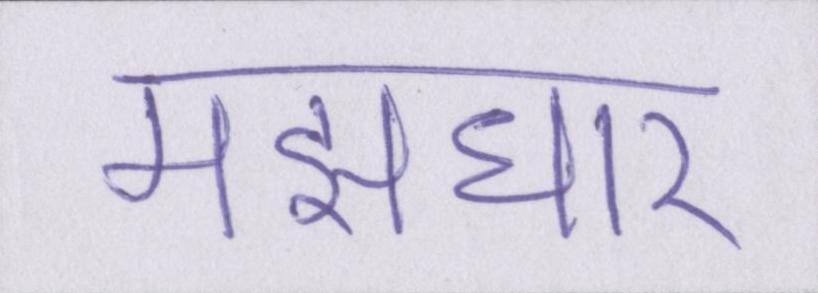
मझधार